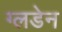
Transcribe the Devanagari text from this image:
ग्लडेन